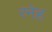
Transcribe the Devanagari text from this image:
रनेह